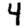
Digit: 4